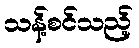
သန့်စင်သည့်